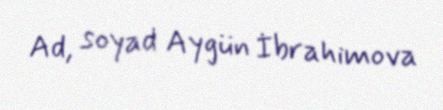
Ad, soyad Aygün İbrahimova